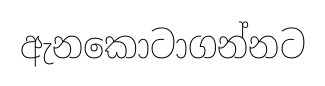
ඇනකොටාගන්නට